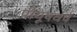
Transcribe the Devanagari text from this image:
पीयूषवर्ष